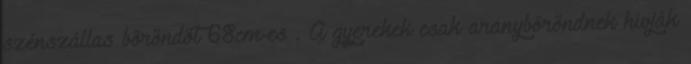
szénszállas bőröndöt 68cm-es . A gyerekek csak aranybőröndnek hívják